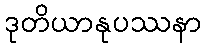
ဒုတိယာနုပဿနာ